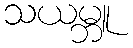
သယမ္ဘူ